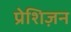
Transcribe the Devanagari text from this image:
प्रेशिज़न